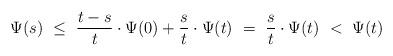
LaTeX: \begin{align*}\Psi(s)~\leq~{t-s\over t}\cdot \Psi(0)+{s\over t}\cdot \Psi(t)~=~{s\over t}\cdot \Psi(t)~<~\Psi(t)\end{align*}